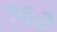
૧૬૩